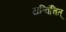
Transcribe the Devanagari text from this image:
यत्विंचित्